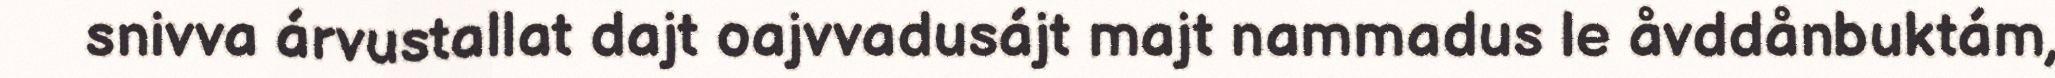
snivva árvustallat dajt oajvvadusájt majt nammadus le åvddånbuktám,